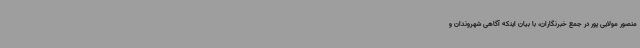
منصور مولایی پور در جمع خبرنگاران، با بیان اینکه آگاهی شهروندان و